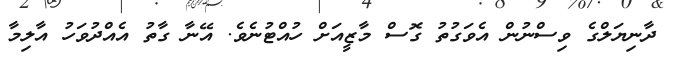
ދާނިޔަލްގެ ވިސްނުން އެވަގުތު ގޮސް މާޒީއަށް ހުއްޓުނެވެ. އޭނާ ގާތު އެއްދުވަހު އާލިމާ